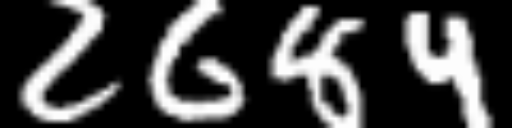
Text: 2684